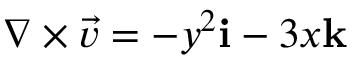
\nabla \times { \vec { v } } = - y ^ { 2 } \mathbf { i } - 3 x \mathbf { k }